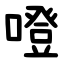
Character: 噔